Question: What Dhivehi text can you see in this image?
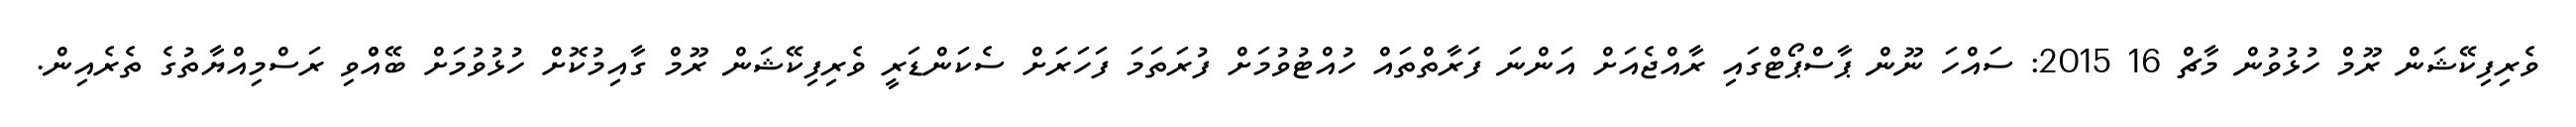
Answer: ވެރިފިކޭޝަން ރޫމް ހުޅުވުން މާޗް 16 2015: ސައްހަ ނޫން ޕާސްޕޯޓްގައި ރާއްޖެއަށް އަންނަ ފަރާތްތައް ހުއްޓުވުމަށް ފުރަތަމަ ފަހަރަށް ސެކަންޑަރީ ވެރިފިކޭޝަން ރޫމް ގާއިމުކޮށް ހުޅުވުމަށް ބޭއްްވި ރަސްމިއްޔާތުގެ ތެރެއިން.